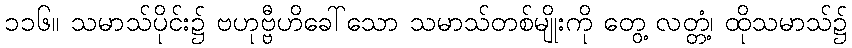
၁၁၆။ သမာသ်ပိုင်း၌ ဗဟုဗ္ဗီဟိခေါ်သော သမာသ်တစ်မျိုးကို တွေ့ လတ္တံ့၊ ထိုသမာသ်၌